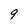
Character: 9